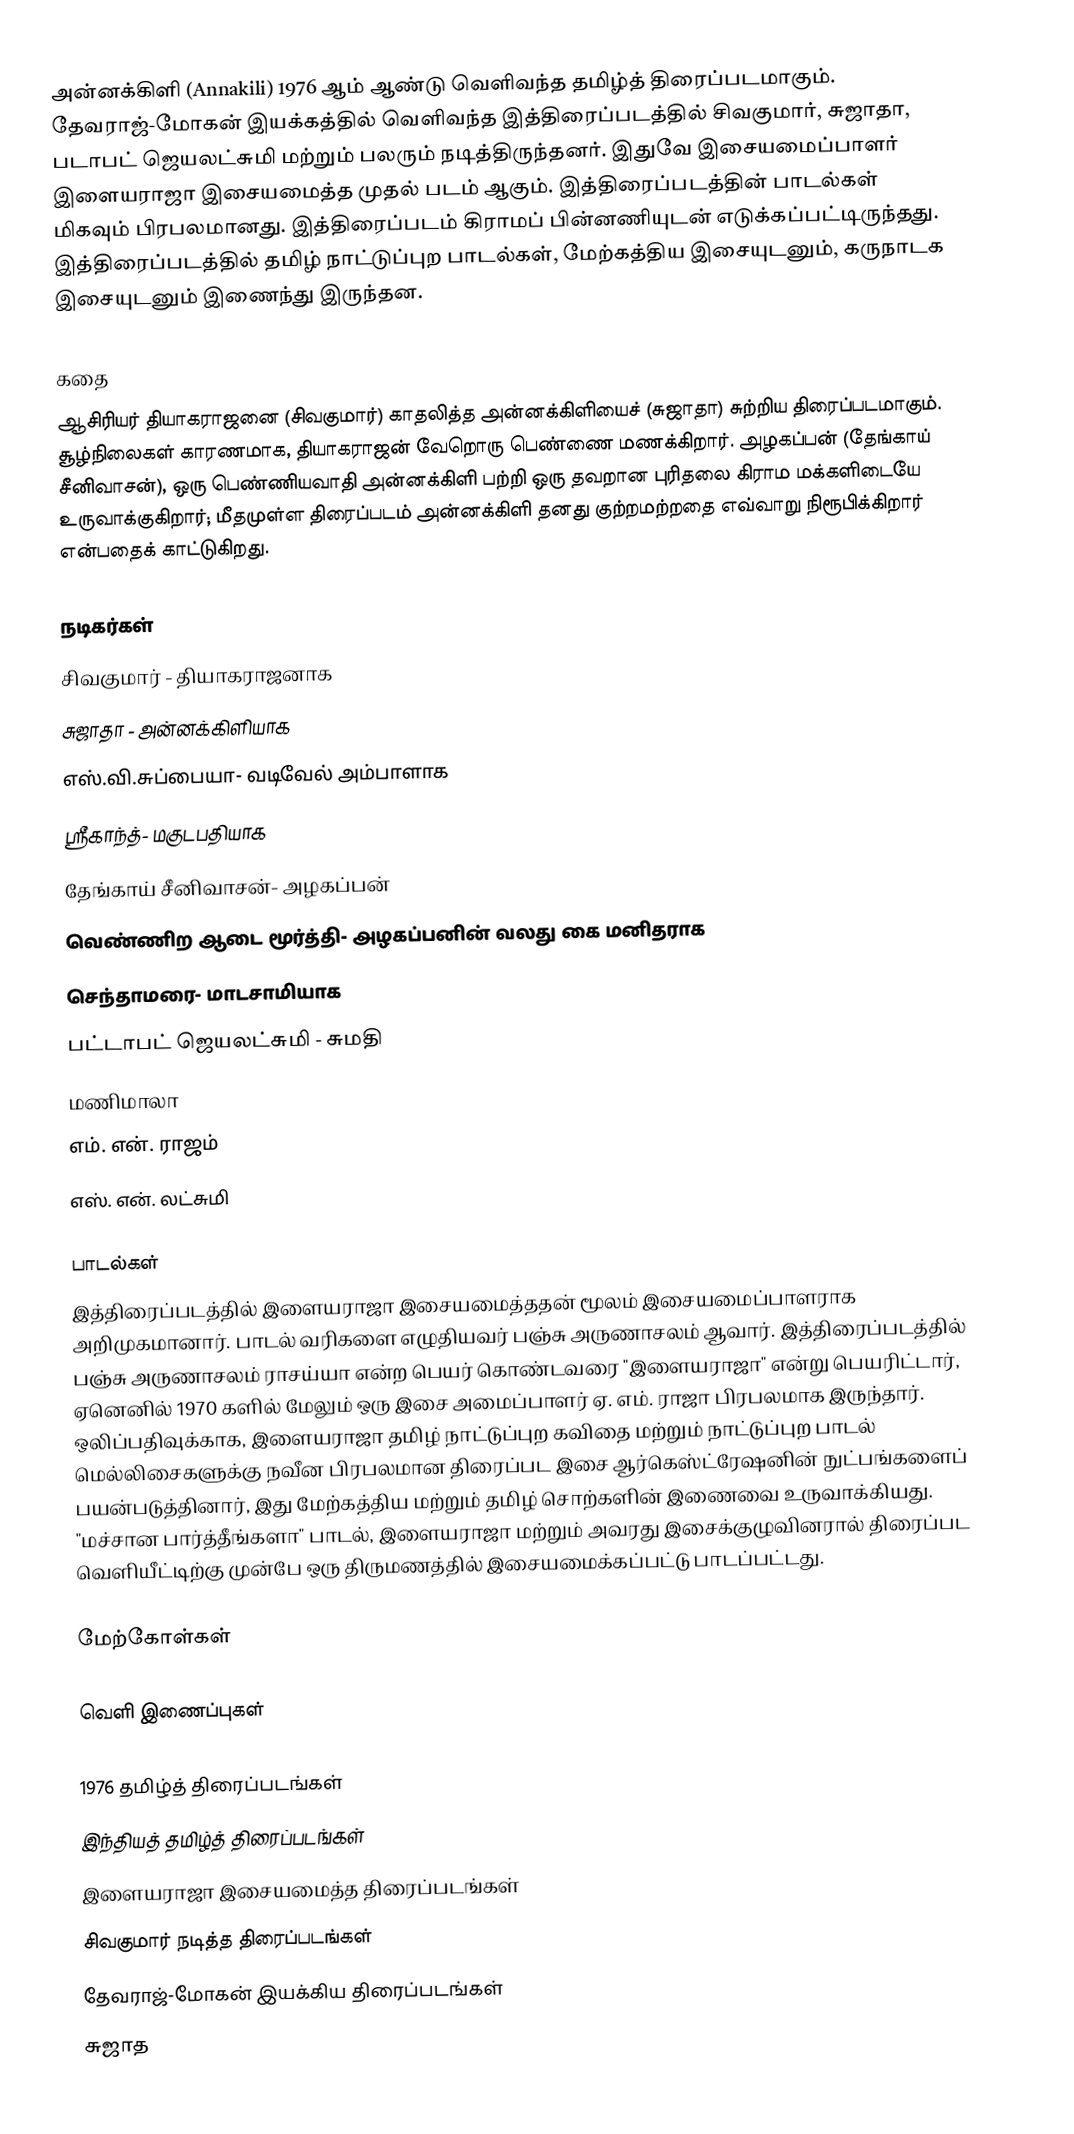
அன்னக்கிளி (Annakili) 1976 ஆம் ஆண்டு வெளிவந்த தமிழ்த் திரைப்படமாகும். தேவராஜ்-மோகன் இயக்கத்தில் வெளிவந்த இத்திரைப்படத்தில் சிவகுமார், சுஜாதா, படாபட் ஜெயலட்சுமி மற்றும் பலரும் நடித்திருந்தனர். இதுவே இசையமைப்பாளர் இளையராஜா இசையமைத்த முதல் படம் ஆகும். இத்திரைப்படத்தின் பாடல்கள் மிகவும் பிரபலமானது. இத்திரைப்படம் கிராமப் பின்னணியுடன் எடுக்கப்பட்டிருந்தது. இத்திரைப்படத்தில் தமிழ் நாட்டுப்புற பாடல்கள், மேற்கத்திய இசையுடனும், கருநாடக இசையுடனும் இணைந்து இருந்தன.

கதை
ஆசிரியர் தியாகராஜனை (சிவகுமார்) காதலித்த அன்னக்கிளியைச் (சுஜாதா) சுற்றிய திரைப்படமாகும். சூழ்நிலைகள் காரணமாக, தியாகராஜன் வேறொரு பெண்ணை மணக்கிறார். அழகப்பன் (தேங்காய் சீனிவாசன்), ஒரு பெண்ணியவாதி அன்னக்கிளி பற்றி ஒரு தவறான புரிதலை கிராம மக்களிடையே உருவாக்குகிறார்; மீதமுள்ள திரைப்படம் அன்னக்கிளி தனது குற்றமற்றதை எவ்வாறு நிரூபிக்கிறார் என்பதைக் காட்டுகிறது.

நடிகர்கள்
 சிவகுமார் - தியாகராஜனாக
 சுஜாதா - அன்னக்கிளியாக
 எஸ்.வி.சுப்பையா- வடிவேல் அம்பாளாக
 ஸ்ரீகாந்த்- மகுடபதியாக
 தேங்காய் சீனிவாசன்- அழகப்பன்
 வெண்ணிற ஆடை மூர்த்தி- அழகப்பனின் வலது கை மனிதராக
 செந்தாமரை- மாடசாமியாக
 பட்டாபட் ஜெயலட்சுமி - சுமதி
 மணிமாலா
 எம். என். ராஜம்
 எஸ். என். லட்சுமி

பாடல்கள்
இத்திரைப்படத்தில் இளையராஜா இசையமைத்ததன் மூலம் இசையமைப்பாளராக அறிமுகமானார். பாடல் வரிகளை எழுதியவர் பஞ்சு அருணாசலம் ஆவார். இத்திரைப்படத்தில் பஞ்சு அருணாசலம் ராசய்யா என்ற பெயர் கொண்டவரை "இளையராஜா" என்று பெயரிட்டார், ஏனெனில் 1970 களில் மேலும் ஒரு இசை அமைப்பாளர் ஏ. எம். ராஜா பிரபலமாக இருந்தார். ஒலிப்பதிவுக்காக, இளையராஜா தமிழ் நாட்டுப்புற கவிதை மற்றும் நாட்டுப்புற பாடல் மெல்லிசைகளுக்கு நவீன பிரபலமான திரைப்பட இசை ஆர்கெஸ்ட்ரேஷனின் நுட்பங்களைப் பயன்படுத்தினார், இது மேற்கத்திய மற்றும் தமிழ் சொற்களின் இணைவை உருவாக்கியது. "மச்சான பார்த்தீங்களா" பாடல், இளையராஜா மற்றும் அவரது இசைக்குழுவினரால் திரைப்பட வெளியீட்டிற்கு முன்பே ஒரு திருமணத்தில் இசையமைக்கப்பட்டு பாடப்பட்டது.

மேற்கோள்கள்

வெளி இணைப்புகள்

1976 தமிழ்த் திரைப்படங்கள்
இந்தியத் தமிழ்த் திரைப்படங்கள்
இளையராஜா இசையமைத்த திரைப்படங்கள்
சிவகுமார் நடித்த திரைப்படங்கள்
தேவராஜ்-மோகன் இயக்கிய திரைப்படங்கள்
சுஜாத